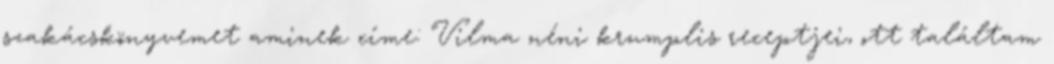
szakácskönyvemet aminek címe: Vilma néni krumplis receptjei, ott találtam